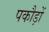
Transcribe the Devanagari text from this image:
पकौड़ों